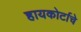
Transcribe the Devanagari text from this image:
हायकोर्टाचे